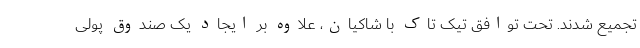
تجمیع شدند. تحت توافق تیک تاک با شاکیان، علاوه بر ایجاد یک صندوق پولی